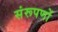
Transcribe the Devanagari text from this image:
संरूपणों